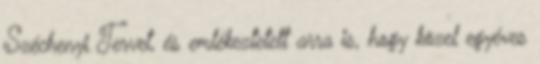
Széchenyi Tervet, és emlékeztetett arra is, hogy közel egyéves